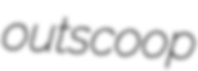
outscoop